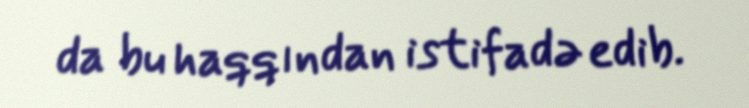
da bu haqqından istifadə edib.